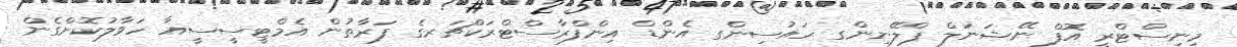
މިނިސްޓްރީ އޮފް ނޭޝަނަލް ޕްލޭނިންގ ހައުސިންގ އެންޑް އިންފްރާސްޓްރަކްޗަރގެ ފަރާތުން އެމްޓީސީސީއާ ހަވާލުކޮށްގެން